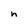
Character: n